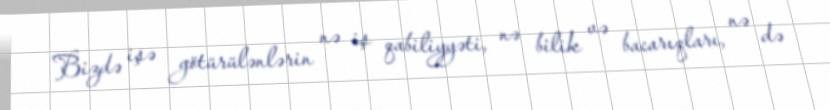
Bizdə işə götürülənlərin nə iş qabiliyyəti, nə bilik və bacarıqları, nə də